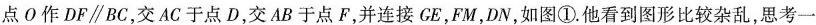
点O作DF//BC，交AC于点D，交AB于点F，并连接GE，FM，DN，如图①.他看到图形比较杂乱，思考一